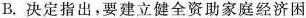
B.决定指出，要建立健全资助家庭经济困